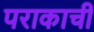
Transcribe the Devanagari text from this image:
पराकाची